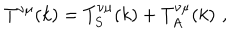
T ^ { \nu \mu } ( k ) = T _ { S } ^ { \nu \mu } ( k ) + T _ { A } ^ { \nu \mu } ( k ) \, \, ,